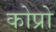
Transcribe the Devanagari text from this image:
कोप्रो